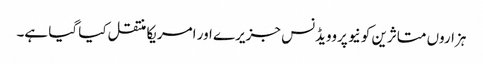
ہزاروں متاثرین کو نیو پروویڈنس جزیرے اور امریکا منتقل کیا گیا ہے۔